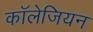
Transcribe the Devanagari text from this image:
कॉलेजियन